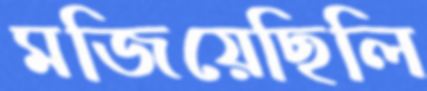
মজিয়েছিলি